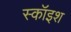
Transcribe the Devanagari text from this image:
स्कॉइश